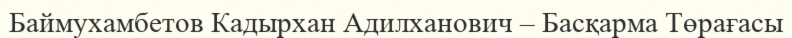
Баймухамбетов Кадырхан Адилханович – Басқарма Төрағасы